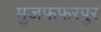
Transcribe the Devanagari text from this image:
मुजफफरपुर